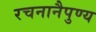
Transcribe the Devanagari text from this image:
रचनानैपुण्य